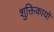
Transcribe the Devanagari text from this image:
शुक्तिकायों